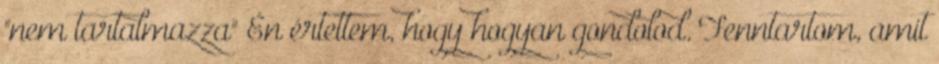
"nem tartalmazza" Én értettem, hogy hogyan gondolod. Fenntartom, amit